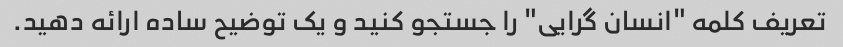
تعریف کلمه "انسان گرایی" را جستجو کنید و یک توضیح ساده ارائه دهید.